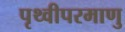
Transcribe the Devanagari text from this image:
पृथ्वीपरमाणु